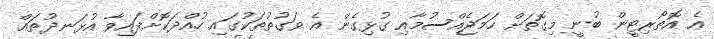
އެ އޮތޯރިޓީން ބުނީ މިގޮތަށް ހަމަޖެއްސުމާއި ގުޅިގެން އެ ވަގުތުތަކުގައި ހުއްދަކޮށްފައިވާ އުޅަނދުތައް